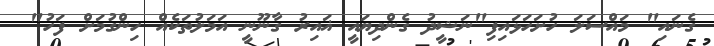
ގެނައި" މައްސަލަ ހުށަހަޅައިފި"ނަޝީދު ގެންދިޔައީ ޣައިރު ގާނޫނީ އަމަލުތަކެއް ހިންގުމަށް ފަހު"